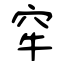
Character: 窂